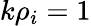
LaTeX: k\rho_{i}=1